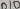
Text: D9